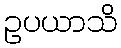
ဥပယာသိ